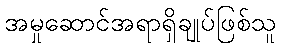
အမှုဆောင်အရာရှိချုပ်ဖြစ်သူ